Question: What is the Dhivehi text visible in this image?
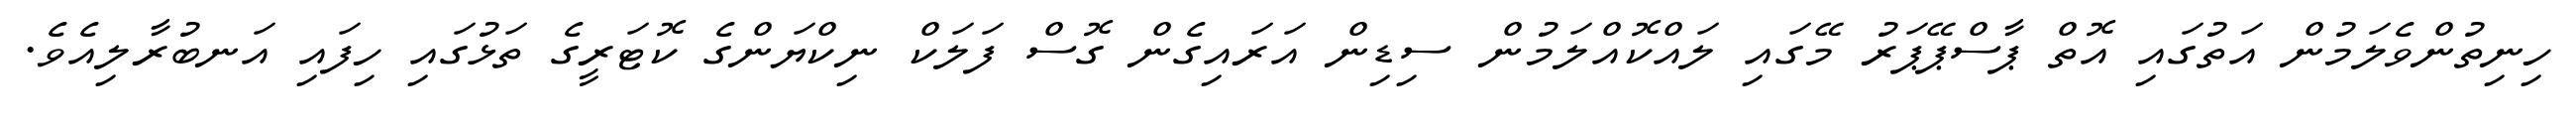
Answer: ހިނިތުންވެލަމުން އަތުގައި އޮތް ޕާސްޕޭޕަރު މޭގައި ލައްކޮއްލަމުން ސިޑިން އަރައިގެން ގޮސް ފަލަކް ނިކްޔަންގެ ކޮޓަރީގެ ތަޅުގައި ހިފައި އަނބުރާލިއެވެ.